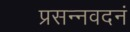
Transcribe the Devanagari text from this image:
प्रसन्नवदनं